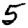
Digit: 5